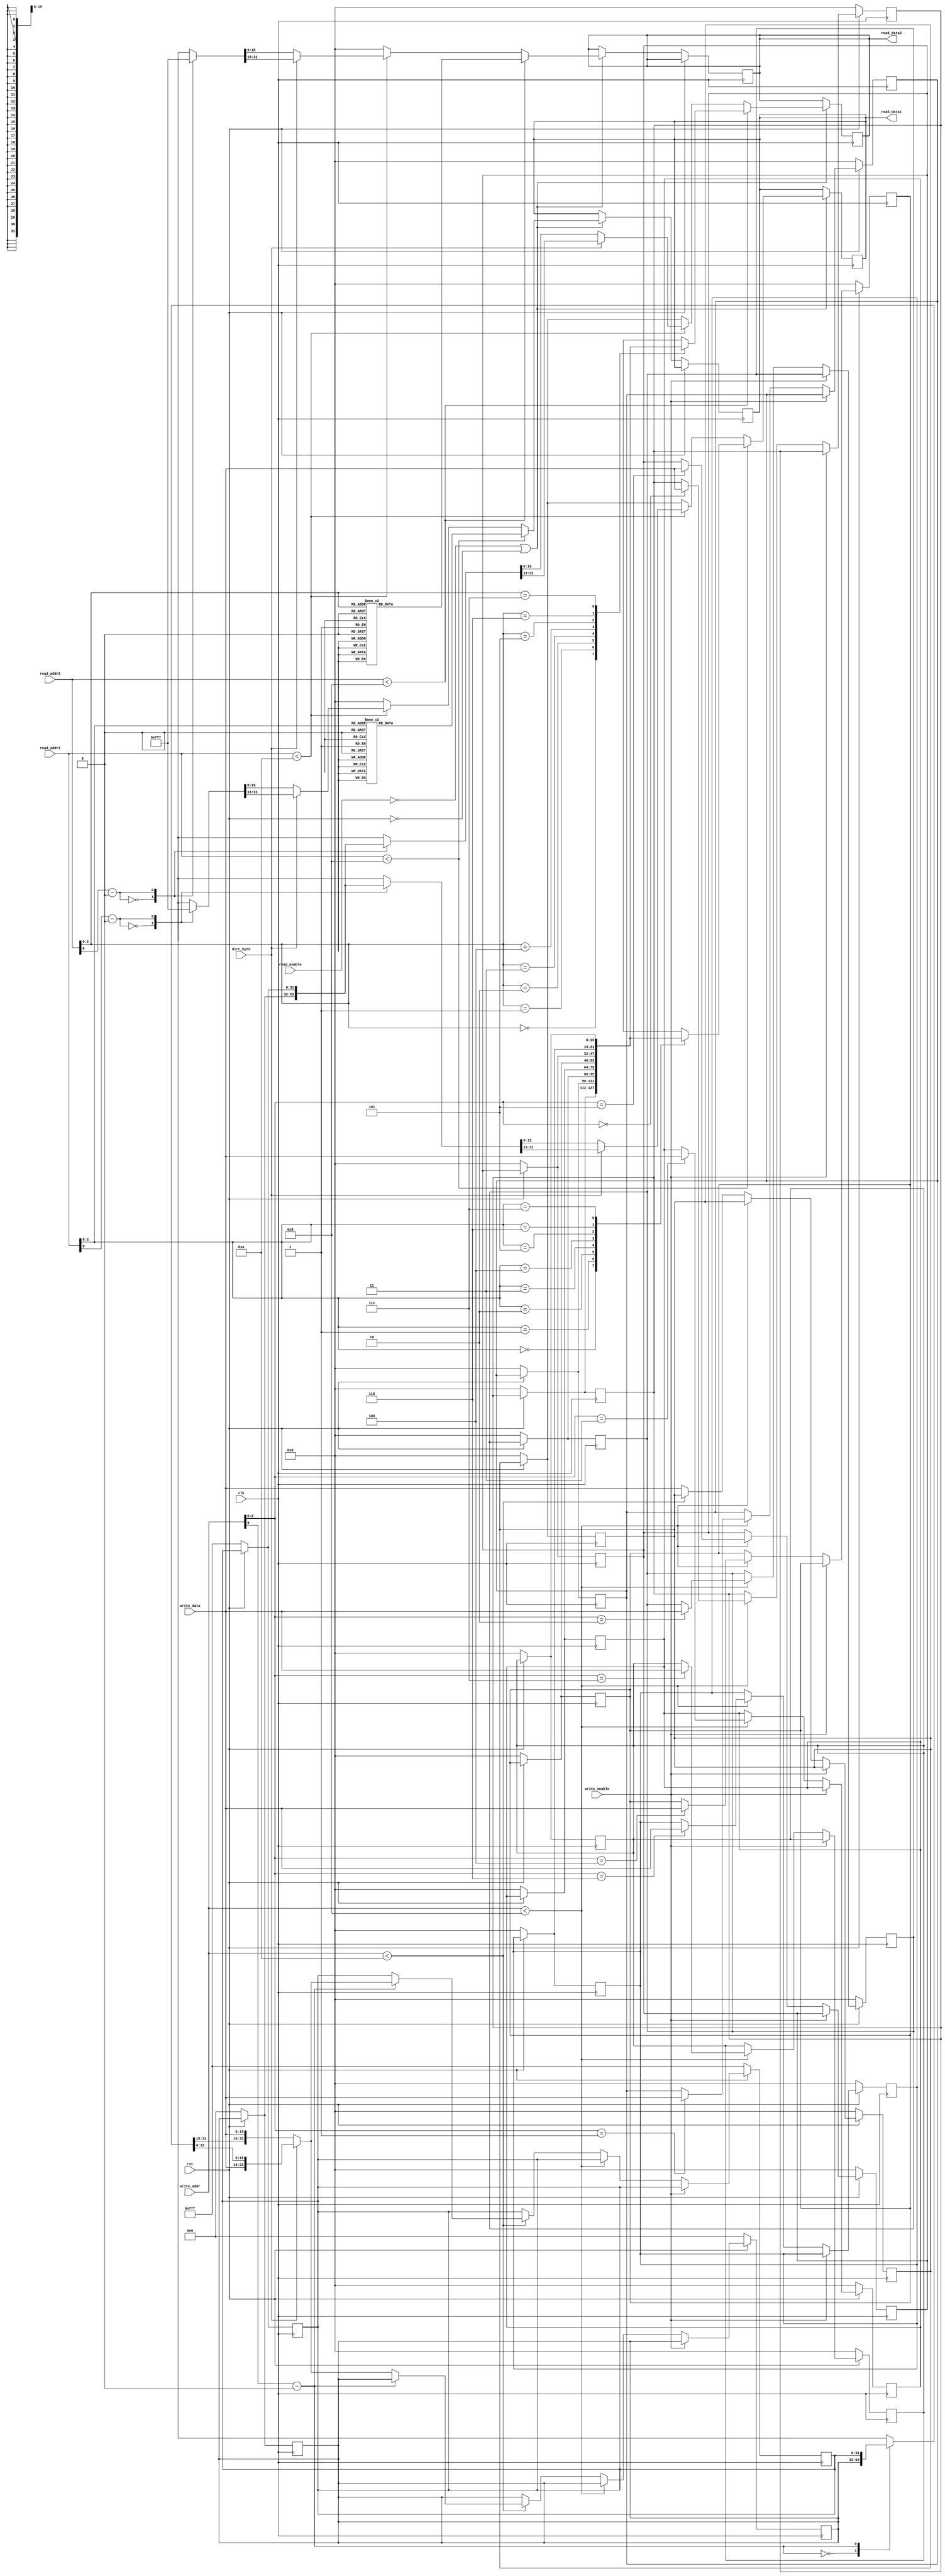
module regFile(read_enable,write_enable, read_data1,read_data2,write_data,dirc_byte, clk,rst,read_addr1,read_addr2,write_addr);
parameter N_GENERAL=16;
parameter N_BIGGER=32;
parameter N_CONTROL=16;
input read_enable,write_enable,clk,rst;
input [3:0] read_addr1,read_addr2,write_addr;
input [N_GENERAL-1:0] write_data;
input dirc_byte;
output reg [N_GENERAL-1:0] read_data1,read_data2;
/// assumtions
/// 
/// 1-assume that the first edge is positive edge and the ideal is low
/// 2-assume the reset is heiger priority than read or write data
/// 3-when reset ,then read_data will be reset
/// 4-all segnals is active low
/// 5-PC will be 0 when reset , SP will be 2^11-1

//assuem rst , read_enable and write_enable is active heigh
reg [N_GENERAL-1:0] general_regester[0:7];
reg [N_BIGGER-1:0] purposed_regester[0:1];
reg [N_CONTROL-1:0] flag_regester[0:0];
integer i;
always @ (posedge clk)begin
	//write in the posedge
	if (rst == 0) begin
		for(i=0;i<8;i=i+1)
			general_regester[i]=0;

		purposed_regester[0]=0;
		purposed_regester[1]=4095;

		flag_regester[0]=0;

		if(read_enable==0 || rst==0)begin
		if(read_addr1 < 16'd8)
		 	read_data1 <= general_regester[read_addr1];
		else if(read_addr1 < 10'd10)
			read_data1 <= (dirc_byte == 1'b0)?
				purposed_regester[read_addr1-16'd8][15:0]:
				purposed_regester[read_addr1-16'd8][31:16] ;
		else begin
			read_data1= 16'h0000;
			read_data1[N_CONTROL-1:0] = flag_regester[0][N_CONTROL-1:0];
		end


		if(read_addr2 < 16'd8)
		 	read_data2 <= general_regester[read_addr2];
		else if(read_addr1 < 10'd10)
			read_data2 <= (dirc_byte == 1'b0)?
				purposed_regester[read_addr2-16'd8][15:0]:
				purposed_regester[read_addr2-16'd8][31:16] ;
		else begin
			read_data2= 16'h0000;
			read_data2[N_CONTROL-1:0] = flag_regester[0][N_CONTROL-1:0];
		end

	end
		
	end 
	else if(write_enable == 0 )begin 
		if(write_addr < 16'd8)
			general_regester[write_addr]<= write_data;
		else if(write_addr < 16'd10)
			purposed_regester[write_addr-16'd8]<=(dirc_byte == 1'b0)?
				{purposed_regester[write_addr-16'd8][31:16],write_data} :
				{write_data,purposed_regester[write_addr-16'd8][15:0]} ;
		else
			flag_regester[0]<=write_data[N_CONTROL-1:0];
	end
end
always @ (negedge clk)begin
	//read in the nededge
	if (rst == 0) begin
		for(i=0;i<8;i=i+1)
			general_regester[i]=0;

		purposed_regester[0]=0;
		purposed_regester[1]=4095;
		
		flag_regester[0]=0;

		// read_data1 = general_regester[read_addr1];
		// read_data2 = general_regester[read_addr2];
	end 
	 if(read_enable==0 || rst==0)begin
		if(read_addr1 < 16'd8)
		 	read_data1 <= general_regester[read_addr1];
		else if(read_addr1 < 10'd10)
			read_data1 <= (dirc_byte == 1'b0)?
				purposed_regester[read_addr1-16'd8][15:0]:
				purposed_regester[read_addr1-16'd8][31:16] ;
		else begin
			read_data1= 16'h0000;
			read_data1[N_CONTROL-1:0] = flag_regester[0][N_CONTROL-1:0];
		end


		if(read_addr2 < 16'd8)
		 	read_data2 <= general_regester[read_addr2];
		else if(read_addr1 < 10'd10)
			read_data2 <= (dirc_byte == 1'b0)?
				purposed_regester[read_addr2-16'd8][15:0]:
				purposed_regester[read_addr2-16'd8][31:16] ;
		else begin
			read_data2= 16'h0000;
			read_data2[N_CONTROL-1:0] = flag_regester[0][N_CONTROL-1:0];
		end

	end
	
		
end
endmodule